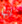
انها